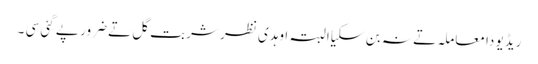
ریڈیو دا معاملہ تے نہ بن سکیا البتہ اوہدی نظر شربت گل تے ضرور پے گئی سی ۔